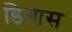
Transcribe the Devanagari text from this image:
डिगास